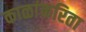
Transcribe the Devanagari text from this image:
काळांकरिता